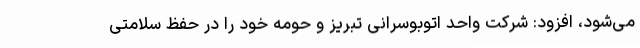
می‌شود، افزود: شرکت واحد اتوبوسرانی تبریز و حومه خود را در حفظ سلامتی